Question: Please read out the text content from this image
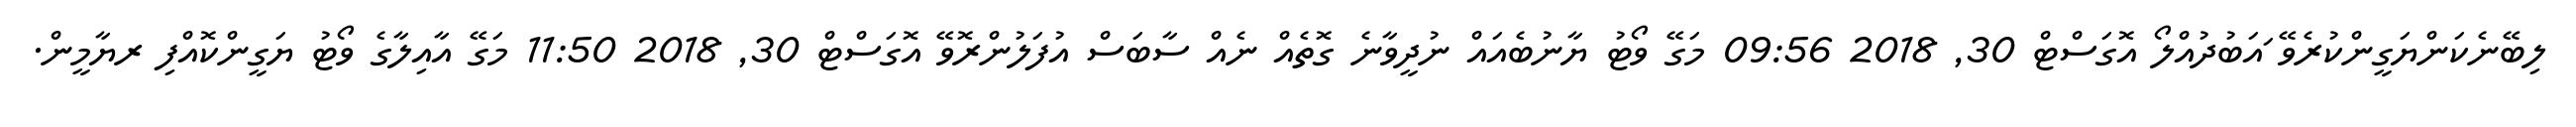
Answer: ލިބޭނެކަންޔަގީންކުރެވޭ ައަބުދުއްލޯ އޮގަސްޓް 30, 2018 09:56 މަގޭ ވޯޓު ޔާނުބެއައް ނުދީވާނެ ގޮތެއް ނެއް ސާބަސް އުފަލުންރޮވޭ އޮގަސްޓް 30, 2018 11:50 މަގޭ އާއިލާގެ ވޯޓު ޔަގީންކޮއްފި ރޔާމީން.